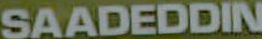
SAADEDDIN